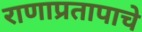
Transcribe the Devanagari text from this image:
राणाप्रतापाचे